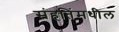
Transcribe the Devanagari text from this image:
संहतिंमधील